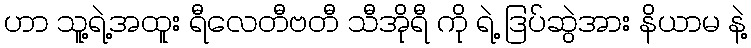
ဟာ သူ့ရဲ့အထူး ရီလေတီဗတီ သီအိုရီ ကို ရဲ့ ဒြပ်ဆွဲအား နိယာမ နဲ့